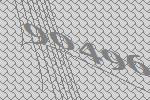
90496